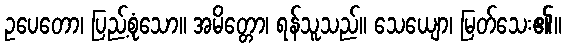
ဥပေတော၊ ပြည့်စုံသော။ အမိတ္တော၊ ရန်သူသည်။ သေယျော၊ မြတ်သေး၏။